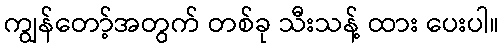
ကျွန်တော့်အတွက် တစ်ခု သီးသန့် ထား ပေးပါ။